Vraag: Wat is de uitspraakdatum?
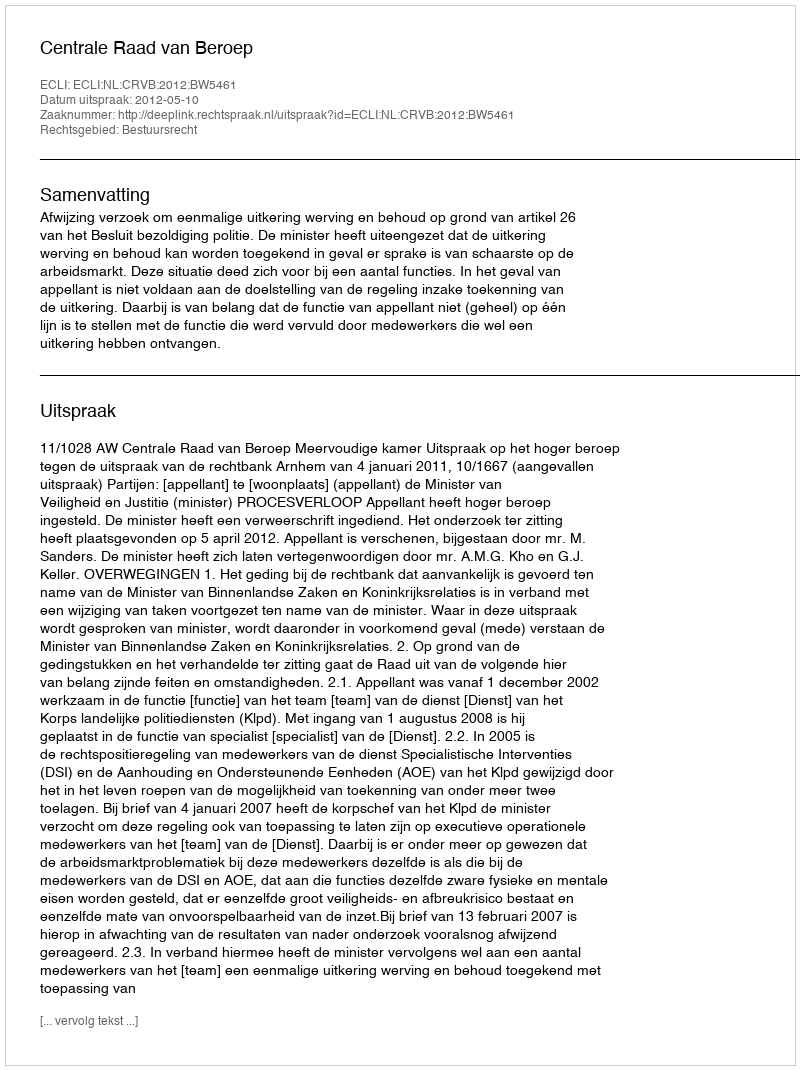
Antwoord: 2012-05-10